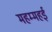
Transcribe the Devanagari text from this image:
महम्महई